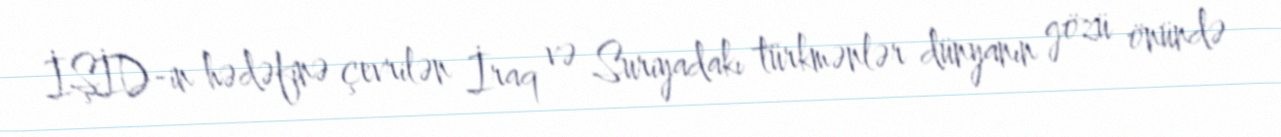
İŞİD-in hədəfinə çevrilən İraq və Suriyadakı türkmənlər dünyanın gözü önündə